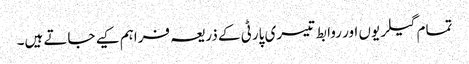
تمام گیلریوں اور روابط تیسری پارٹی کے ذریعہ فراہم کیے جاتے ہیں۔